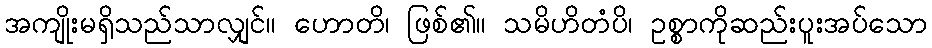
အကျိုးမရှိသည်သာလျှင်။ ဟောတိ၊ ဖြစ်၏။ သမိဟိတံပိ၊ ဥစ္စာကိုဆည်းပူးအပ်သော